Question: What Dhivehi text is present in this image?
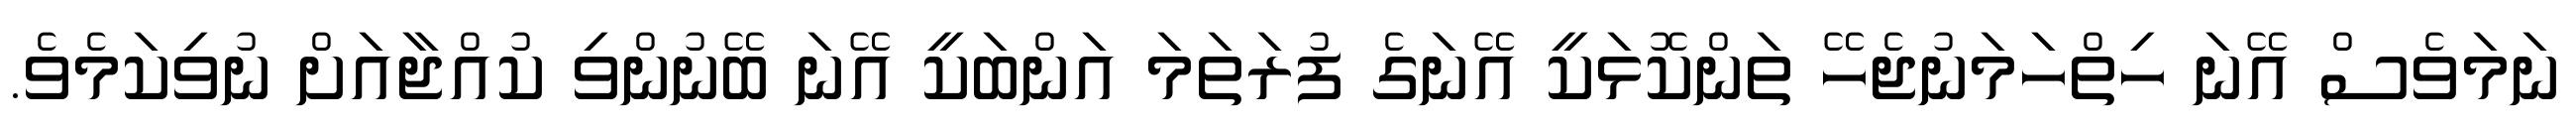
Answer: ނަމަވެސް އޭނަ ހިތްހަމަނުޖެހޭ ތަންކޮޅަކީ އޭނަގެ ފުރަތަމަ އަންބަކީ އޭނަ ބޭނުންވި ކުއްޖާއަށް ނުވިކަމެވެ.